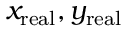
x _ { \mathrm { r e a l } } , y _ { \mathrm { r e a l } }